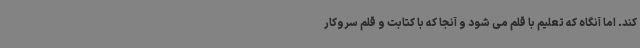
کند. اما آنگاه که تعلیم با قلم می شود و آنجا که با کتابت و قلم سروکار